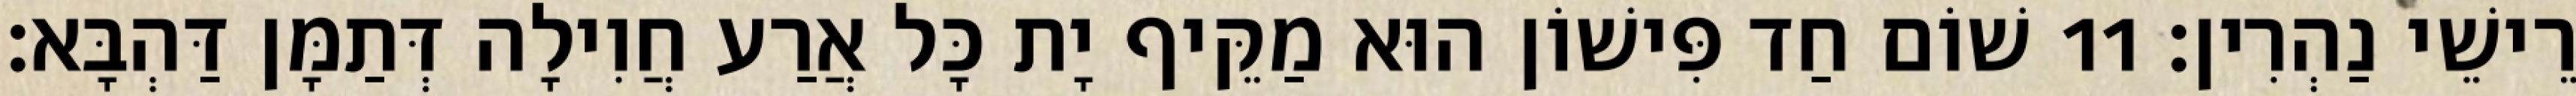
רֵישֵׁי נַהְרִין׃ 11 שׁוֹם חַד פִּישׁוֹן הוּא מַקֵּיף יָת כָּל אֲרַע חֲוִילָה דְּתַמָּן דַּהְבָּא׃